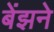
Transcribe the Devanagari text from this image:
बेंझने